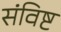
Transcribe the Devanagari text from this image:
संविष्ट